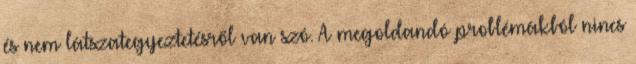
és nem látszategyeztetésről van szó. A megoldandó problémákból nincs